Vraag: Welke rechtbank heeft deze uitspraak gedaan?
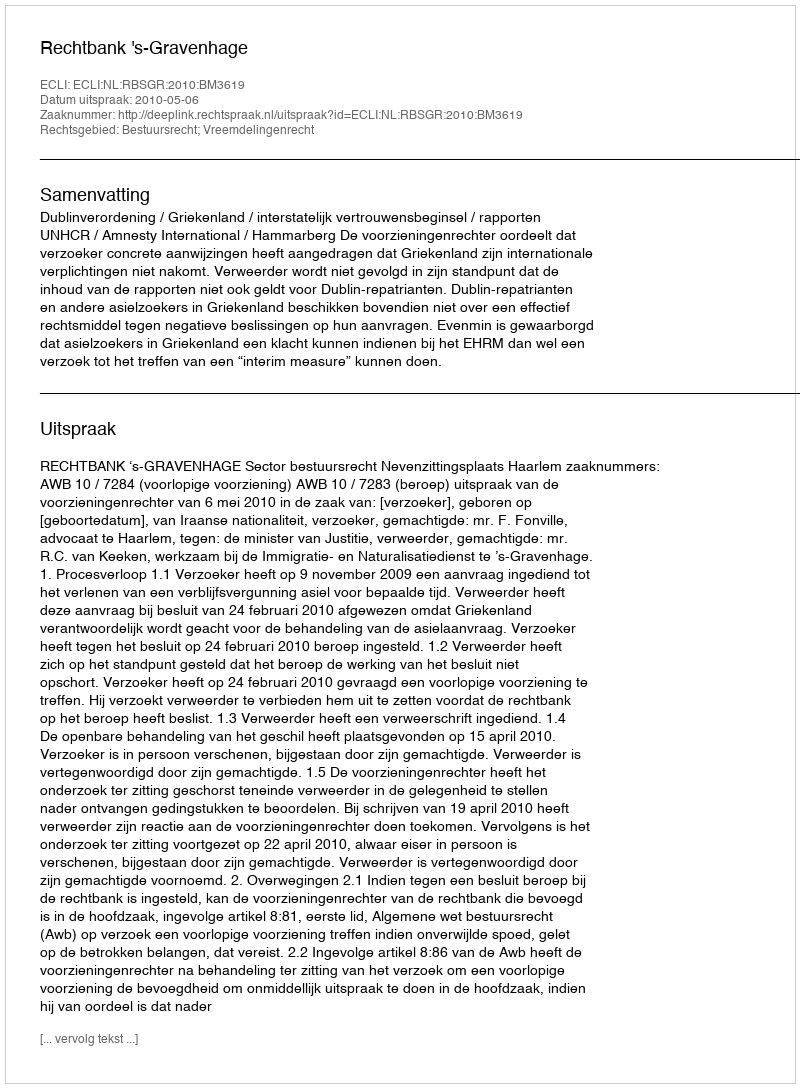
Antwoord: Rechtbank 's-Gravenhage